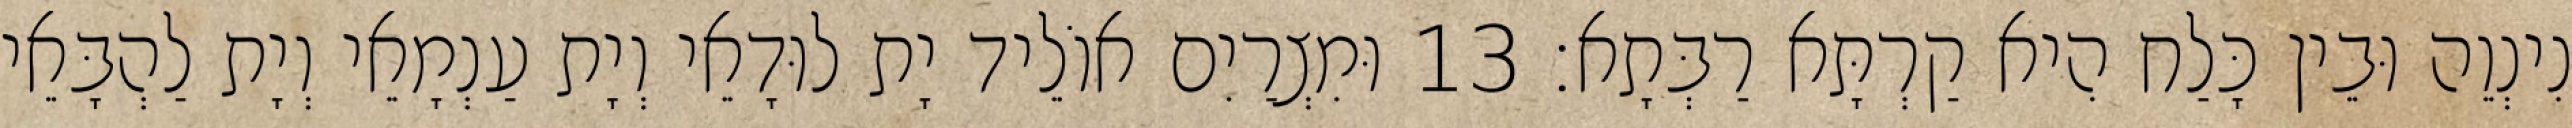
נִינְוֵה וּבֵין כָּלַח הִיא קַרְתָּא רַבְּתָא׃ 13 וּמִצְרַיִם אוֹלֵיד יָת לוּדָאֵי וְיָת עַנְמָאֵי וְיָת לַהְבָּאֵי